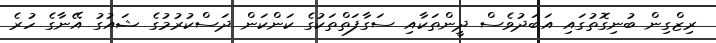
ރިޒްގިން ބުނިގޮތުގައި އަބަދުވެސް ދީންތަކާއި ސަގާފަތްތަކުގެ ކަންކަން ދަސްކުރުމުގެ ޝައުގު އޭނާގެ ހުރެ